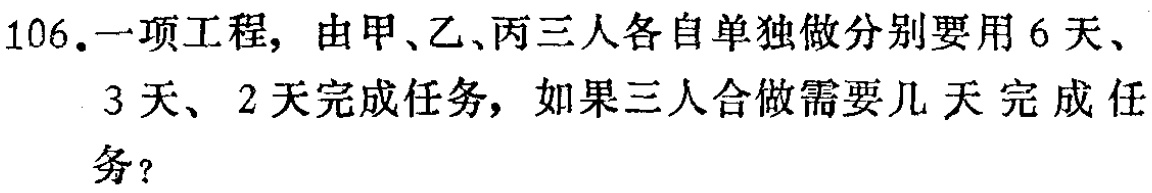
106.一项工程，由甲、乙、丙三人各自单独做分别要用6天、3天、2天完成任务，如果三人合做需要几天完成任务？